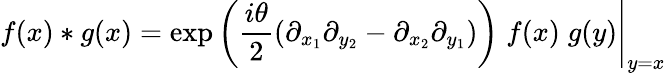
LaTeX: f(x)*g(x)=\left.\exp\left(\frac{i\theta}{2}(\partial_{x_{1}}\partial_{y_{2}}-\partial_{x_{2}}\partial_{y_{1}})\right)\; f(x)\; g(y)\right|_{y=x}